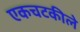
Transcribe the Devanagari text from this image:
एकचटकीले